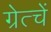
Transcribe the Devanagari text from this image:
ग्रेत्चें